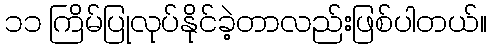
၁၁ ကြိမ်ပြုလုပ်နိုင်ခဲ့တာလည်းဖြစ်ပါတယ်။